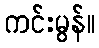
ကင်းမွန်။